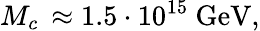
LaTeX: M_{c\mathrm{~}}\approx 1.5\cdot 10^{15}\mathrm{~GeV,}